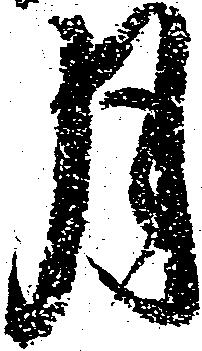
月